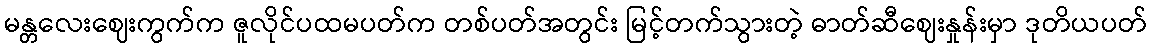
မန္တလေးဈေးကွက်က ဇူလိုင်ပထမပတ်က တစ်ပတ်အတွင်း မြင့်တက်သွားတဲ့ ဓာတ်ဆီဈေးနှုန်းမှာ ဒုတိယပတ်